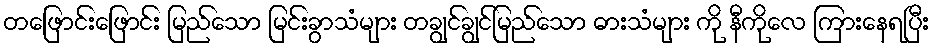
တဖြောင်းဖြောင်း မြည်သော မြင်းခွာသံများ တချွင်ချွင်မြည်သော ဓားသံများ ကို နီကိုလေ ကြားနေရပြီး